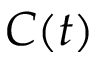
C ( t )